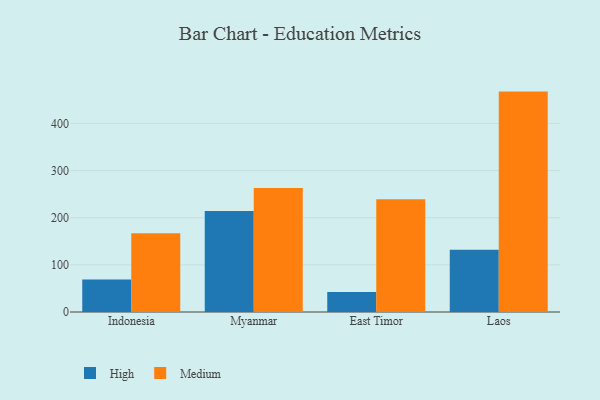
{"axis": {"x": "Country", "y": "Population (Million)"}, "legend": ["High", "Medium"], "data": [{"x": "Indonesia", "y": 69.0, "type": "High"}, {"x": "Indonesia", "y": 167.1, "type": "Medium"}, {"x": "Myanmar", "y": 213.9, "type": "High"}, {"x": "Myanmar", "y": 262.8, "type": "Medium"}, {"x": "East Timor", "y": 42.5, "type": "High"}, {"x": "East Timor", "y": 239.2, "type": "Medium"}, {"x": "Laos", "y": 132.0, "type": "High"}, {"x": "Laos", "y": 467.3, "type": "Medium"}]}